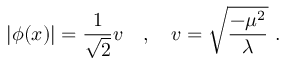
| \phi ( x ) | = \frac { 1 } { \sqrt { 2 } } v \ \ \ , \ \ \ v = \sqrt { \frac { - \mu ^ { 2 } } { \lambda } } \ .